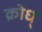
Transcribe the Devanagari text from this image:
क्रोध्